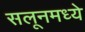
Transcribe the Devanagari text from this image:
सलूनमध्ये